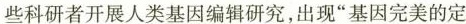
些科研者开展人类基因编辑研究，出现”基因完美的定